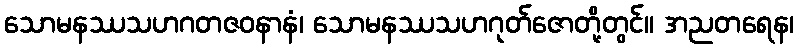
သောမနဿသဟဂတဇဝနာနံ၊ သောမနဿသဟဂုတ်ဇောတို့တွင်။ အညတရေန၊